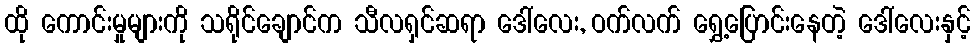
ထို ကောင်းမှုများကို သရိုင်ချောင်က သီလရှင်ဆရာ ဒေါ်လေး, ဝက်လက် ရွှေ့ပြောင်းနေတဲ့ ဒေါ်လေးနှင့်